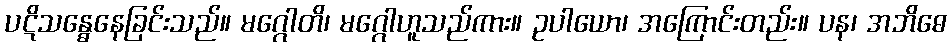
ပဋိသန္ဓေနေခြင်းသည်။ မဂ္ဂေါတိ၊ မဂ္ဂေါဟူသည်ကား။ ဥပါယော၊ အကြောင်းတည်း။ ပန၊ အဘိဓေ